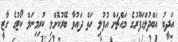
އަދީބު އަބްދުލްގަފޫރުގެ މައްޗަށް އުފުލި ހަތް ދައުވާ ބޭރުކޮށްލި ކުރިމިނަލް ކޯޓުގެ ގާޒީ